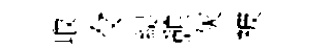
取々緹憩灰被